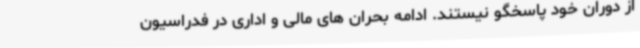
از دوران خود پاسخگو نیستند. ادامه بحران های مالی و اداری در فدراسیون